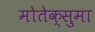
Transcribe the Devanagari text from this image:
मोतेक्सुमा